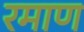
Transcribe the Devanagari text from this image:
रमाण